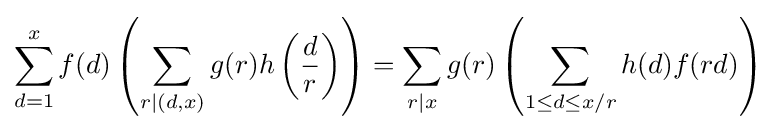
\sum _{d=1}^{x}f(d)\left(\sum _{r\mid (d,x)}g(r)h\left({\frac {d}{r}}\right)\right)=\sum _{r\mid x}g(r)\left(\sum _{1\leq d\leq x/r}h(d)f(rd)\right)